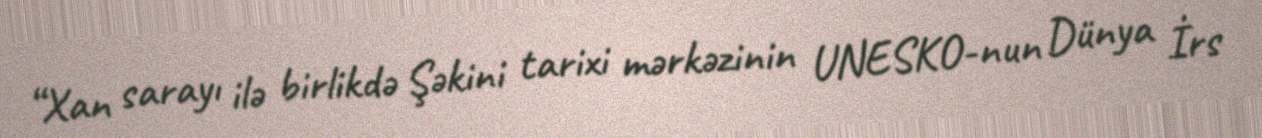
“Xan sarayı ilə birlikdə Şəkini tarixi mərkəzinin UNESKO-nun Dünya İrs